Civil Veterinary Department Bengal reports 1923-33 - 1923-1933
Year: 1923
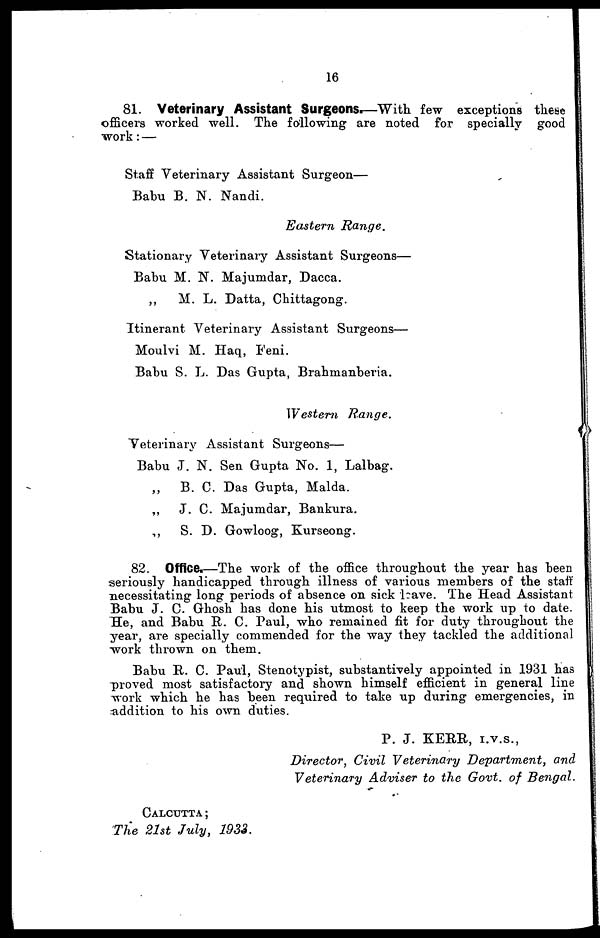
16
81. Veterinary Assistant Surgeons.—With few exceptions these
officers worked well. The following are noted for specially good
work: —
Staff Veterinary Assistant Surgeon—
Babu B. N. Nandi.
Eastern
Range.
Stationary Veterinary Assistant Surgeons—
Babu M. N. Majumdar, Dacca.
„
M. L. Datta, Chittagong.
Itinerant Veterinary Assistant Surgeons—
Moulvi M. Haq, Feni.
Babu S. L. Das Gupta, Brahmanberia.
Western
Range.
Veterinary Assistant Surgeons—
Babu J. N. Sen Gupta No. 1, Lalbag.
„
B. C. Das Gupta, Malda.
„
J. C. Majumdar, Bankura.
„
S. D. Gowloog, Kurseong.
82. Office.—The work of the office throughout the year has been
seriously handicapped through illness of various members of the staff
necessitating long periods of absence on sick leave. The Head Assistant
Babu J. C. Ghosh has done his utmost to keep the work up to date.
He, and Babu R. C. Paul, who remained fit for duty throughout the
year, are specially commended for the way they tackled the additional
work thrown on them.
Babu R. C. Paul, Stenotypist, substantively appointed in 1931 has
proved most satisfactory and shown himself efficient in general line
work which he has been required to take up during emergencies, in
addition to his own duties.
P. J. KERR, I.V.S.,
Director, Civil Veterinary Department, and
Veterinary Adviser to the Govt. of Bengal.
CALCUTTA;
The 21st July, 1933.